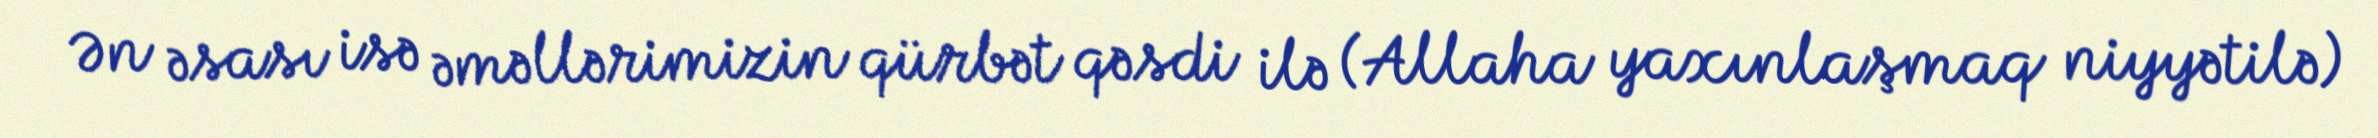
Ən əsası isə əməllərimizin qürbət qəsdi ilə (Allaha yaxınlaşmaq niyyətilə)